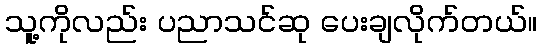
သူ့ကိုလည်း ပညာသင်ဆု ပေးချလိုက်တယ်။